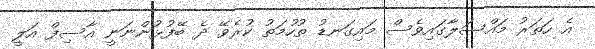
އެ ހަތަރު މައްސަލާގައިވެސް މައިގަނޑު ތުހުމަތު ކުރެވޭ ދެ ބޭފުޅުންނަނީ އާސިފް އަލީ